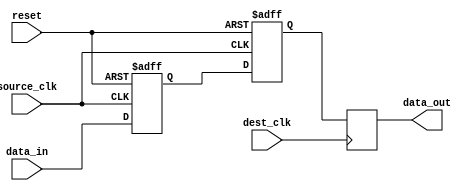
module three_flop_synchronizer (
    input wire source_clk,
    input wire dest_clk,
    input wire reset,
    input wire data_in,
    output reg data_out
);

reg [1:0] source_flop1, source_flop2;
reg dest_flop;

always @(posedge source_clk or posedge reset) begin
    if (reset) begin
        source_flop1 <= 2'b0;
        source_flop2 <= 2'b0;
    end else begin
        source_flop1 <= data_in;
        source_flop2 <= source_flop1;
    end
end

always @(posedge dest_clk) begin
    dest_flop <= source_flop2;
end

assign data_out = dest_flop;

endmodule